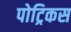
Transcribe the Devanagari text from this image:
पोट्रिकस